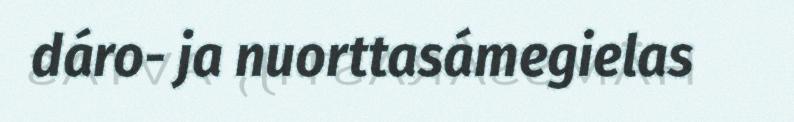
dáro- ja nuorttasámegielas